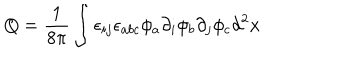
Q = \frac { 1 } { 8 \pi } \int \epsilon _ { i j } \epsilon _ { a b c } \phi _ { a } \partial _ { i } \phi _ { b } \partial _ { j } \phi _ { c } d ^ { 2 } x